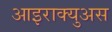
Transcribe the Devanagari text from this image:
आइराक्युअस